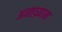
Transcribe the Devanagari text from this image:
अन्तघ्र्यान